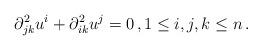
LaTeX: \begin{align*}\partial^2_{jk}u^i+\partial^2_{ik}u^j=0\,, 1\leq i, j, k\leq n\,.\end{align*}